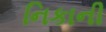
નિકાની